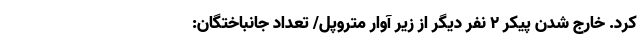
کرد. خارج شدن پیکر 2 نفر دیگر از زیر آوار متروپل/ تعداد جانباختگان: